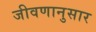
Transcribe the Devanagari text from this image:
जीवणानुसार